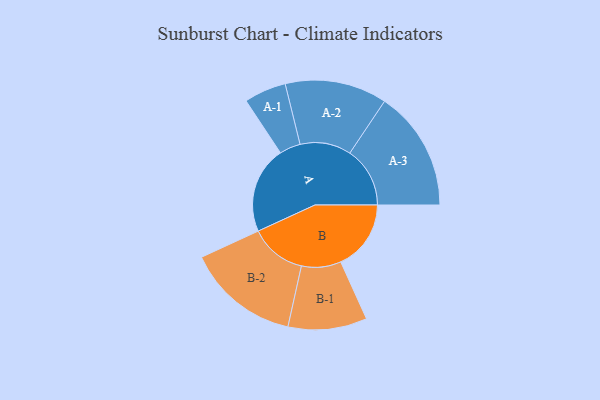
{"axis": {"x": "Segment", "y": "Value"}, "legend": ["", "A", "B"], "data": [{"x": "A", "y": 429, "type": ""}, {"x": "B", "y": 347, "type": ""}, {"x": "A-1", "y": 104, "type": "A"}, {"x": "A-2", "y": 252, "type": "A"}, {"x": "A-3", "y": 297, "type": "A"}, {"x": "B-1", "y": 195, "type": "B"}, {"x": "B-2", "y": 279, "type": "B"}]}